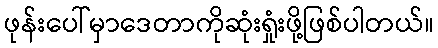
ဖုန်းပေါ်မှာဒေတာကိုဆုံးရှုံးဖို့ဖြစ်ပါတယ်။